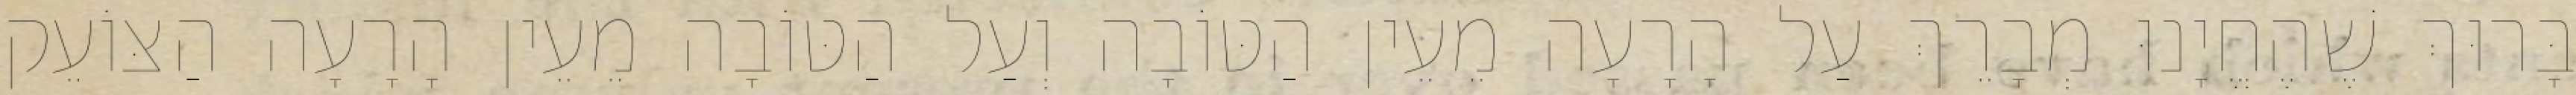
בָּרוּךְ שֶׁהֶחֱיָנוּ מְבָרֵךְ עַל הָרָעָה מֵעֵין הַטּוֹבָה וְעַל הַטּוֹבָה מֵעֵין הָרָעָה הַצּוֹעֵק